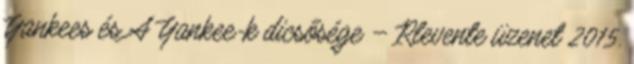
Yankees és A Yankee-k dicsősége – Rlevente üzenet 2015.